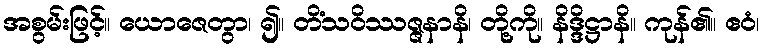
အစွမ်းဖြင့်။ ယောဇေတွာ၊ ၍။ တိံသဝိဿဇ္ဇနာနိ၊ တို့ကို။ နိဒ္ဒိဋ္ဌာနိ။ ကုန်၏။ ဧဝံ၊